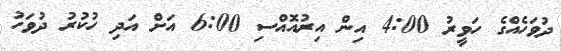
ދުވަހެއްގެ ހަވީރު 4:00 އިން އިރުއޮއްސި 6:00 އަށް އަދި ހުކުރު ދުވަހު